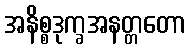
အနိစ္စဒုက္ခအနတ္တတော